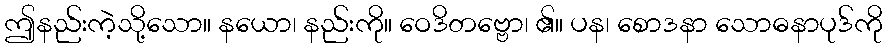
ဤနည်းကဲ့သို့သော။ နယော၊ နည်းကို။ ဝေဒိတဗ္ဗော၊ ၏။ ပန၊ စောဒနာ သောဓနာပုဒ်ကို